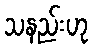
သနည်းဟု